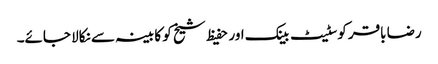
رضا باقر کوسٹیٹ بینک اور حفیظ شیخ کو کابینہ سے نکالا جائے۔